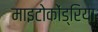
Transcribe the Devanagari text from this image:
माइटोकोंड्रिया